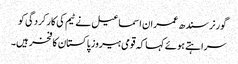
گورنر سندھ عمران اسماعیل نے ٹیم کی کارکردگی کو
سراہتے ہوئے کہا کہ قومی ہیروز پاکستان کا فخر ہیں۔